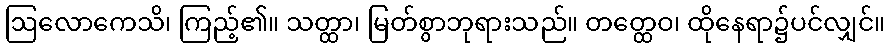
ဩလောကေသိ၊ ကြည့်၏။ သတ္ထာ၊ မြတ်စွာဘုရားသည်။ တတ္ထေဝ၊ ထိုနေရာ၌ပင်လျှင်။